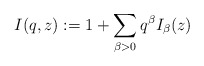
\begin{align*}I(q,z):=1+\sum_{\beta>0}q^{\beta}I_{\beta}(z)\end{align*}